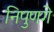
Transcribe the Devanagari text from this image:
निपुणगे